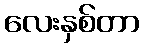
လေးနှစ်တာ